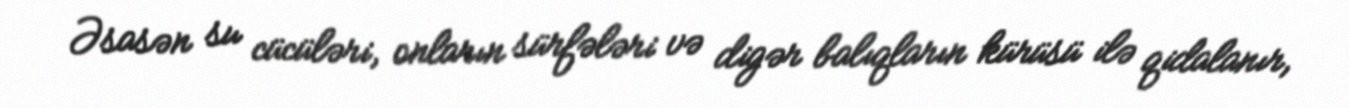
Əsasən su cücüləri, onların sürfələri və digər balıqların kürüsü ilə qidalanır,